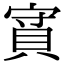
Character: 𧵿